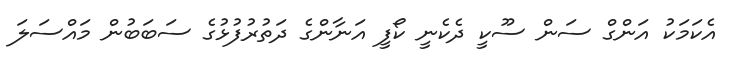
އެކަމަކު އަންގް ސަން ސޫކީ ދެކެނީ ކޯފީ އަނާންގެ ދަތުރުފުޅުގެ ސަބަބުން މައްސަލަ